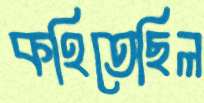
কহিতেছিল